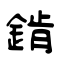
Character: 錹